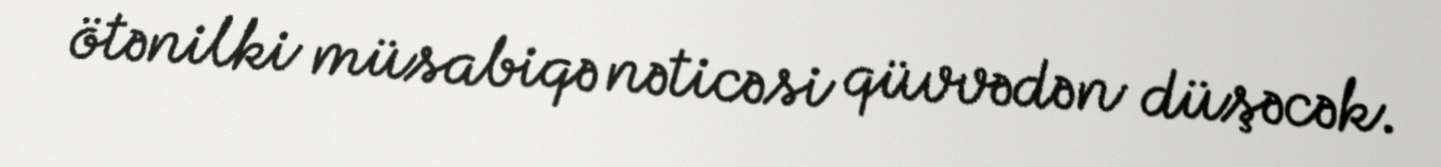
ötənilki müsabiqə nəticəsi qüvvədən düşəcək.